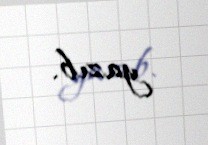
yazıb.